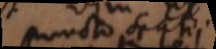
puncto spatii